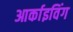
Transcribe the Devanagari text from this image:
आर्काइविंग